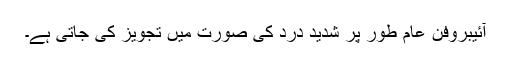
آئیبروفن عام طور پر شدید درد کی صورت میں تجویز کی جاتی ہے۔